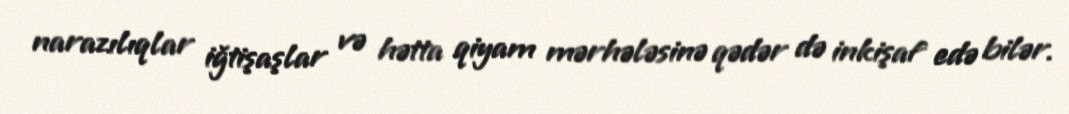
narazılıqlar iğtişaşlar və hətta qiyam mərhələsinə qədər də inkişaf edə bilər.